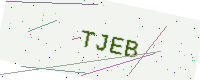
Text: TJEB